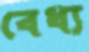
বেধ্য